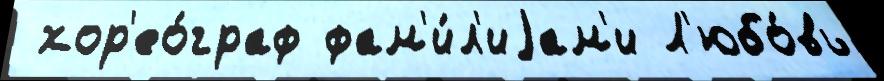
 хор'ео́граф фам'и́л'иjам'и Л'юбо́вь